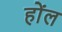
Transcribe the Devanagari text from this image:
होंल